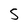
Character: S